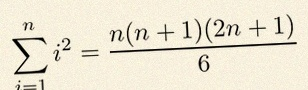
\sum_{i=1}^{n}i^2=\frac{n(n+1)(2n+1)}6